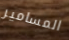
المسامير